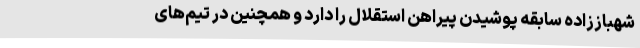
شهباززاده سابقه پوشیدن پیراهن استقلال را دارد و همچنین در تیم‌های